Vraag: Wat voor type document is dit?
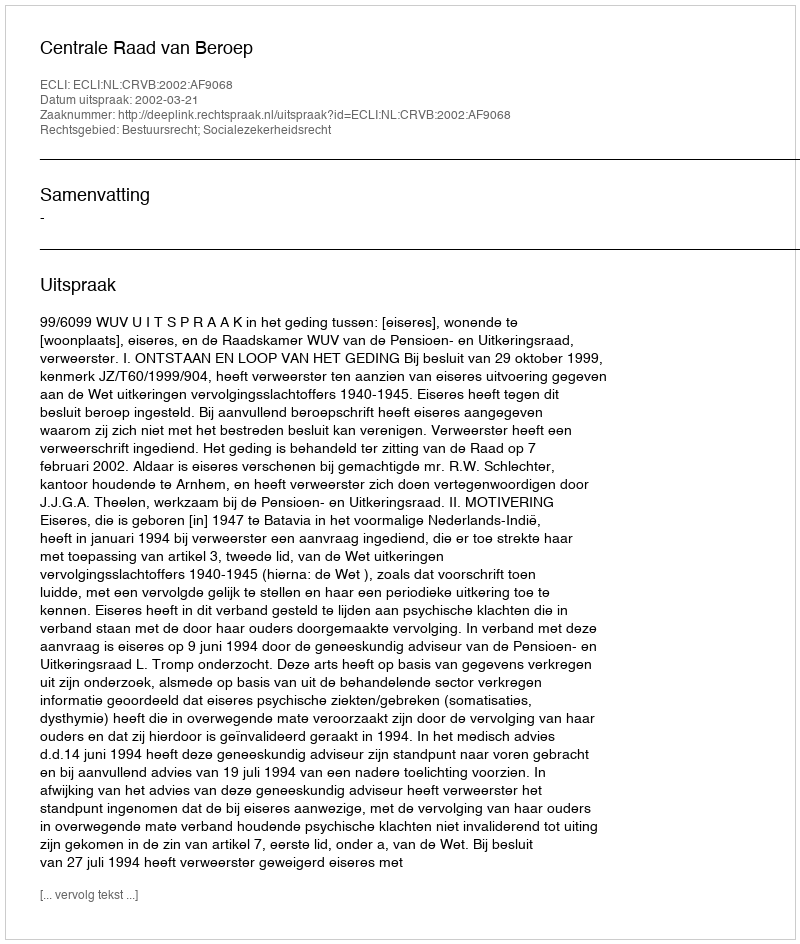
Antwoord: Uitspraak